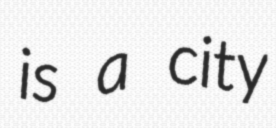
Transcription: is a city